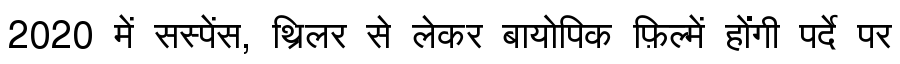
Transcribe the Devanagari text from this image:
2020 में सस्पेंस, थ्रिलर से लेकर बायोपिक फ़िल्में होंगी पर्दे पर